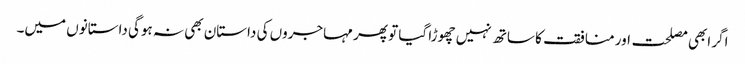
اگر ابھی مصلحت اور منافقت کا ساتھ نہیں چھوڑا گیا تو پھر مہاجروں کی داستان بھی نہ ہوگی داستانوں میں۔